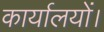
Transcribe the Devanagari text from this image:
कार्यालयों।